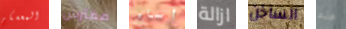
المعسكر مفترس أساء ازالة الساخن هذه